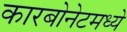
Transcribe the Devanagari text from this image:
कारबोनेटमध्ये